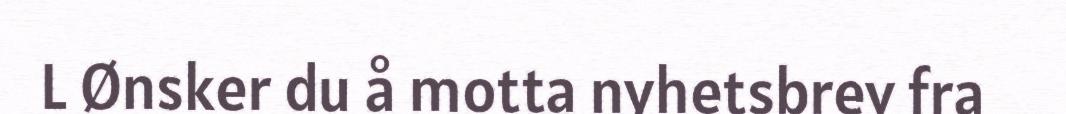
L Ønsker du å motta nyhetsbrev fra